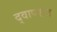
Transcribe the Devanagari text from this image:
द्वापरांत